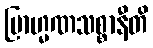
ဗြာဟ္မဏသစ္စာနီတိ